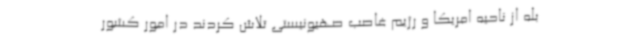
بله از ناحیه امریکا و رژیم غاصب صهیونیستی تلاش کردند در امور کشور